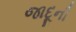
જાદૂની